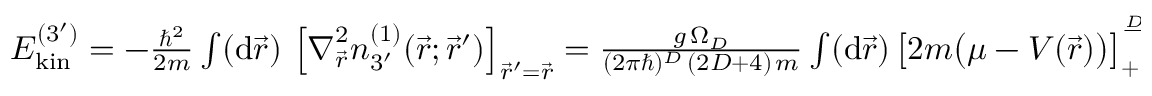
\begin{array} { r } { E _ { \mathrm { k i n } } ^ { ( 3 ^ { \prime } ) } = - \frac { \hbar ^ { 2 } } { 2 m } \int ( \mathrm { d } \vec { r } ) \, \left[ \boldsymbol { \nabla } _ { \vec { r } } ^ { 2 } n _ { 3 ^ { \prime } } ^ { ( 1 ) } ( \vec { r } ; \vec { r } ^ { \prime } ) \right] _ { \vec { r } ^ { \prime } = \vec { r } } = \frac { g \, \Omega _ { D } } { ( 2 \pi \hbar ) ^ { D } \, ( 2 D + 4 ) \, m } \int ( \mathrm { d } \vec { r } ) \, \big [ 2 m \big ( \mu - V ( \vec { r } ) \big ) \big ] _ { + } ^ { \frac { D + 2 } { 2 } } \, , } \end{array}